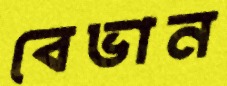
বেভান